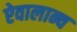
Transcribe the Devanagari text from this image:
ऐवालान्च